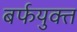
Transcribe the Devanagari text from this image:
बर्फयुक्त